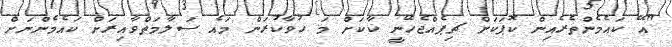
"އޭ ކައެމެންތެރެއިން ކޮޕަކަށް ޗިޕެއްޖެހޭނީ ކާކަށް މަ ހުވާކުރަން މައެ ސަލާމަތްވާއިރަށް ކައެމެންނަށް